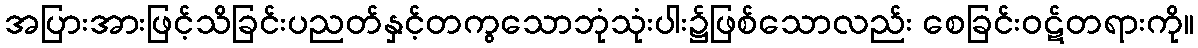
အပြားအားဖြင့်သိခြင်းပညတ်နှင့်တကွသောဘုံသုံးပါး၌ဖြစ်သောလည်း စေခြင်းဝဋ်တရားကို။